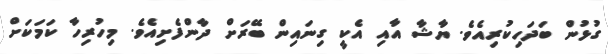
ގުޅުން ބަދަހިކުރިއެވެ. ޔާޝާ އާއި އެކީ ގިނައިން ބޭރަށް ދާންފެށިއެވެ. މިހުރިހާ ކަމަކަށް